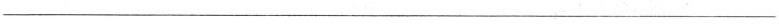
___